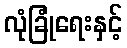
လုံခြုံရေးနှင့်